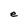
Character: e